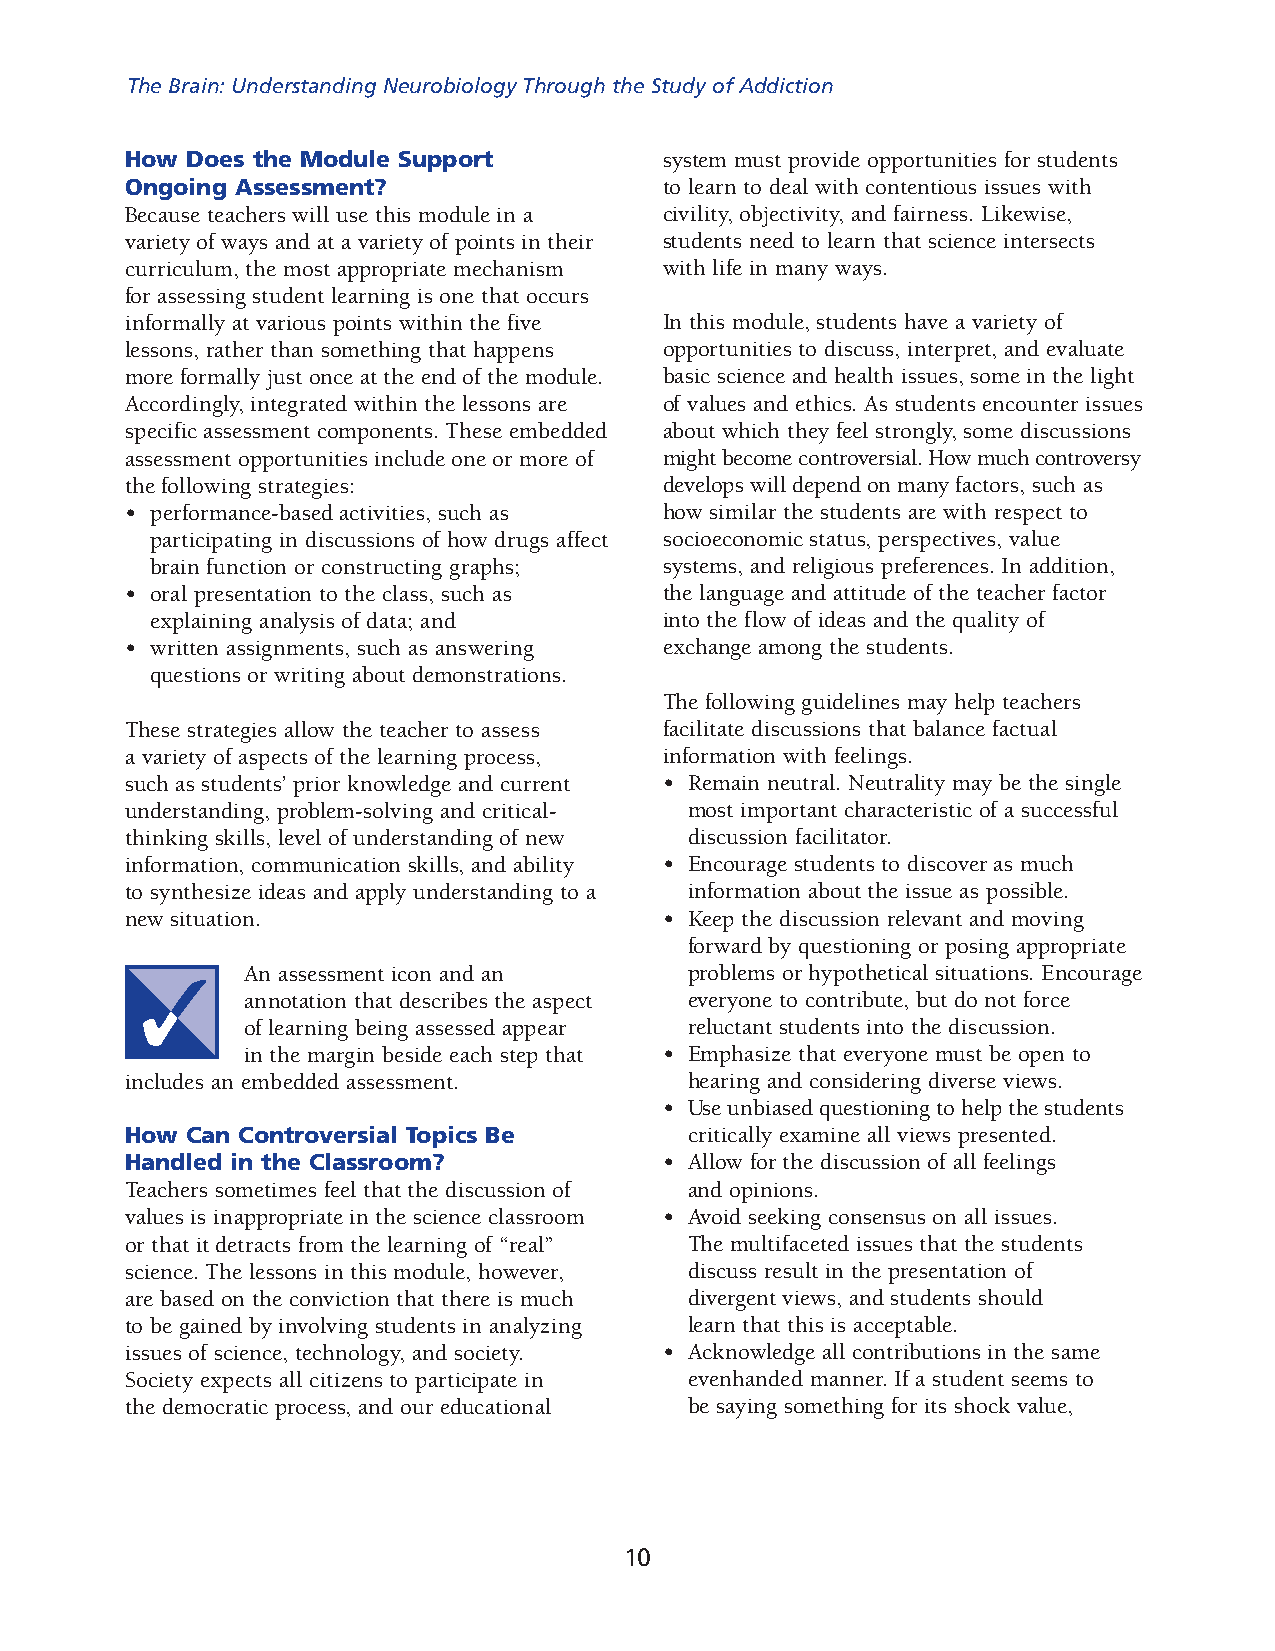
The Brain: Understanding Neurobiology Through the Study of Addiction
 How Does the Module Support         system must provide opportunities for students
 Ongoing Assessment?                 to learn to deal with contentious issues with
 Because teachers will use this module in a civility, objectivity, and fairness. Likewise,
 variety of ways and at a variety of points in their students need to learn that science intersects
 curriculum, the most appropriate mechanism with life in many ways.
 for assessing student learning is one that occurs
 informally at various points within the five In this module, students have a variety of
 lessons, rather than something that happens opportunities to discuss, interpret, and evaluate
 more formally just once at the end of the module. basic science and health issues, some in the light
 Accordingly, integrated within the lessons are of values and ethics. As students encounter issues
 specific assessment components. These embedded about which they feel strongly, some discussions
 assessment opportunities include one or more of might become controversial. How much controversy
 the following strategies:           develops will depend on many factors, such as
 • performance-based activities, such as how similar the students are with respect to
 participating in discussions of how drugs affect socioeconomic status, perspectives, value
 brain function or constructing graphs; systems, and religious preferences. In addition,
 • oral presentation to the class, such as the language and attitude of the teacher factor
 explaining analysis of data; and  into the flow of ideas and the quality of
 • written assignments, such as answering exchange among the students.
 questions or writing about demonstrations.
 The following guidelines may help teachers
 These strategies allow the teacher to assess facilitate discussions that balance factual
 a variety of aspects of the learning process, information with feelings.
 such as students’ prior knowledge and current • Remain neutral. Neutrality may be the single
 understanding, problem-solving and critical- most important characteristic of a successful
 thinking skills, level of understanding of new discussion facilitator.
 information, communication skills, and ability • Encourage students to discover as much
 to synthesize ideas and apply understanding to a information about the issue as possible.
 new situation.                      • Keep the discussion relevant and moving
 forward by questioning or posing appropriate
 An assessment icon and an     problems or hypothetical situations. Encourage
 annotation that describes the aspect everyone to contribute, but do not force
 of learning being assessed appear reluctant students into the discussion.
 in the margin beside each step that • Emphasize that everyone must be open to
 includes an embedded assessment.      hearing and considering diverse views.
 • Use unbiased questioning to help the students
 How Can Controversial Topics Be       critically examine all views presented.
 Handled in the Classroom?           • Allow for the discussion of all feelings
 Teachers sometimes feel that the discussion of and opinions.
 values is inappropriate in the science classroom • Avoid seeking consensus on all issues.
 or that it detracts from the learning of “real” The multifaceted issues that the students
 science. The lessons in this module, however, discuss result in the presentation of
 are based on the conviction that there is much divergent views, and students should
 to be gained by involving students in analyzing learn that this is acceptable.
 issues of science, technology, and society. • Acknowledge all contributions in the same
 Society expects all citizens to participate in evenhanded manner. If a student seems to
 the democratic process, and our educational be saying something for its shock value,
 10